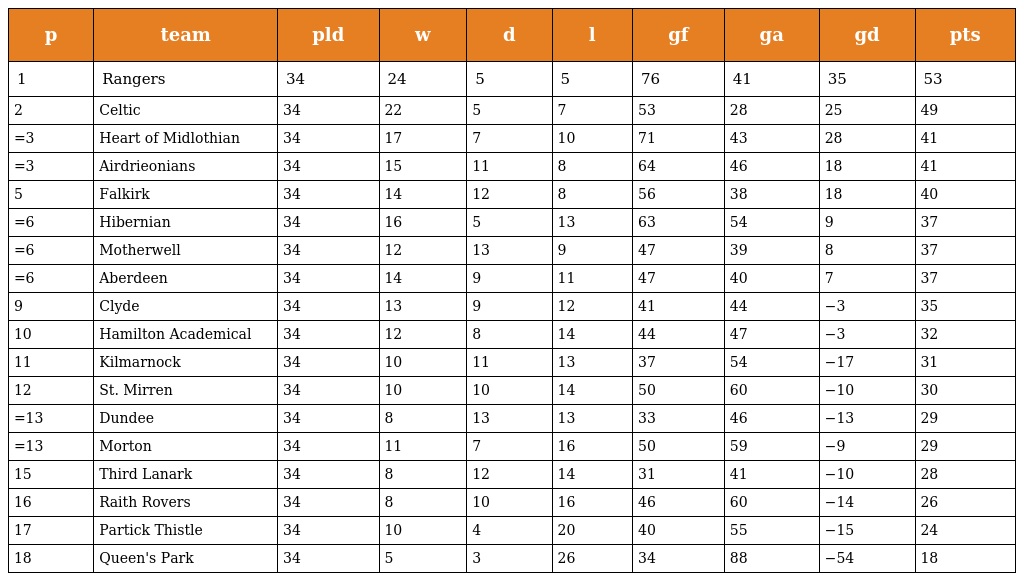
| p | team | pld | w | d | l | gf | ga | gd | pts |
 | --- | --- | --- | --- | --- | --- | --- | --- | --- | --- |
 | 1 | Rangers | 34 | 24 | 5 | 5 | 76 | 41 | 35 | 53 |
 | 2 | Celtic | 34 | 22 | 5 | 7 | 53 | 28 | 25 | 49 |
 | =3 | Heart of Midlothian | 34 | 17 | 7 | 10 | 71 | 43 | 28 | 41 |
 | =3 | Airdrieonians | 34 | 15 | 11 | 8 | 64 | 46 | 18 | 41 |
 | 5 | Falkirk | 34 | 14 | 12 | 8 | 56 | 38 | 18 | 40 |
 | =6 | Hibernian | 34 | 16 | 5 | 13 | 63 | 54 | 9 | 37 |
 | =6 | Motherwell | 34 | 12 | 13 | 9 | 47 | 39 | 8 | 37 |
 | =6 | Aberdeen | 34 | 14 | 9 | 11 | 47 | 40 | 7 | 37 |
 | 9 | Clyde | 34 | 13 | 9 | 12 | 41 | 44 | −3 | 35 |
 | 10 | Hamilton Academical | 34 | 12 | 8 | 14 | 44 | 47 | −3 | 32 |
 | 11 | Kilmarnock | 34 | 10 | 11 | 13 | 37 | 54 | −17 | 31 |
 | 12 | St. Mirren | 34 | 10 | 10 | 14 | 50 | 60 | −10 | 30 |
 | =13 | Dundee | 34 | 8 | 13 | 13 | 33 | 46 | −13 | 29 |
 | =13 | Morton | 34 | 11 | 7 | 16 | 50 | 59 | −9 | 29 |
 | 15 | Third Lanark | 34 | 8 | 12 | 14 | 31 | 41 | −10 | 28 |
 | 16 | Raith Rovers | 34 | 8 | 10 | 16 | 46 | 60 | −14 | 26 |
 | 17 | Partick Thistle | 34 | 10 | 4 | 20 | 40 | 55 | −15 | 24 |
 | 18 | Queen's Park | 34 | 5 | 3 | 26 | 34 | 88 | −54 | 18 |